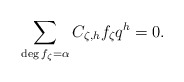
\begin{align*}& \sum_{\substack{\deg f_\zeta = \alpha }} C_{\zeta, h} f_\zeta q^{h} = 0.\end{align*}